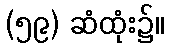
(၅၉) ဆံထုံး၌။